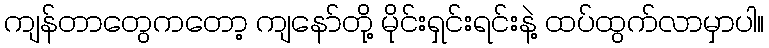
ကျန်တာတွေကတော့ ကျနော်တို့ မိုင်းရှင်းရင်းနဲ့ ထပ်ထွက်လာမှာပါ။